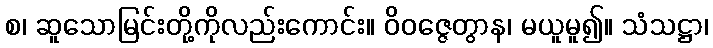
စ၊ ဆူသောမြင်းတို့ကိုလည်းကောင်း။ ဝိဝဇ္ဇေတွာန၊ မယူမူ၍။ သံသဋ္ဌာ၊